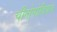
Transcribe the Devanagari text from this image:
चीनोपोडियम